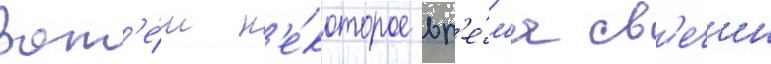
Зат'е́м н'е́которое вр'е́м'я св'ечин